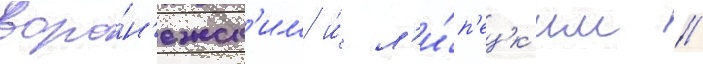
воро́н'ежск'им и́ л'и́п'ецк'им //